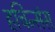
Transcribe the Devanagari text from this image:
हचिन्संस